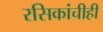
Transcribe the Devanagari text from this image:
रसिकांचीही